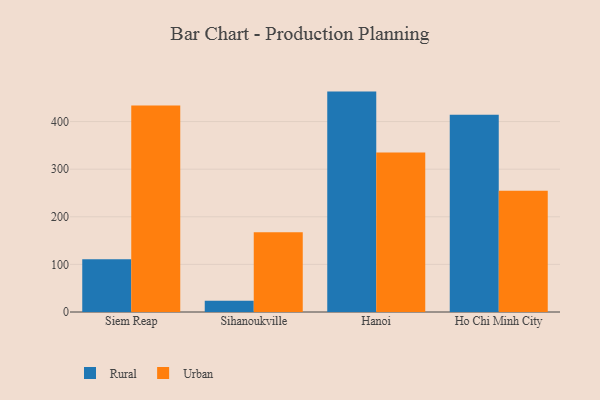
{"axis": {"x": "City", "y": "Humidity (%)"}, "legend": ["Rural", "Urban"], "data": [{"x": "Siem Reap", "y": 111.0, "type": "Rural"}, {"x": "Siem Reap", "y": 433.8, "type": "Urban"}, {"x": "Sihanoukville", "y": 23.5, "type": "Rural"}, {"x": "Sihanoukville", "y": 167.7, "type": "Urban"}, {"x": "Hanoi", "y": 462.9, "type": "Rural"}, {"x": "Hanoi", "y": 335.0, "type": "Urban"}, {"x": "Ho Chi Minh City", "y": 414.5, "type": "Rural"}, {"x": "Ho Chi Minh City", "y": 254.6, "type": "Urban"}]}